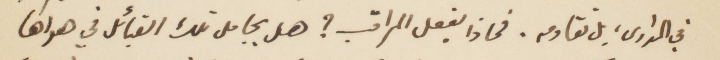
في المدارس، بل تقاومه. فماذا يفعل المراقب؟ هل يجامل تلك القبائل في هواهًا